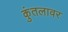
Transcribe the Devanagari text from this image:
कुंतलावर